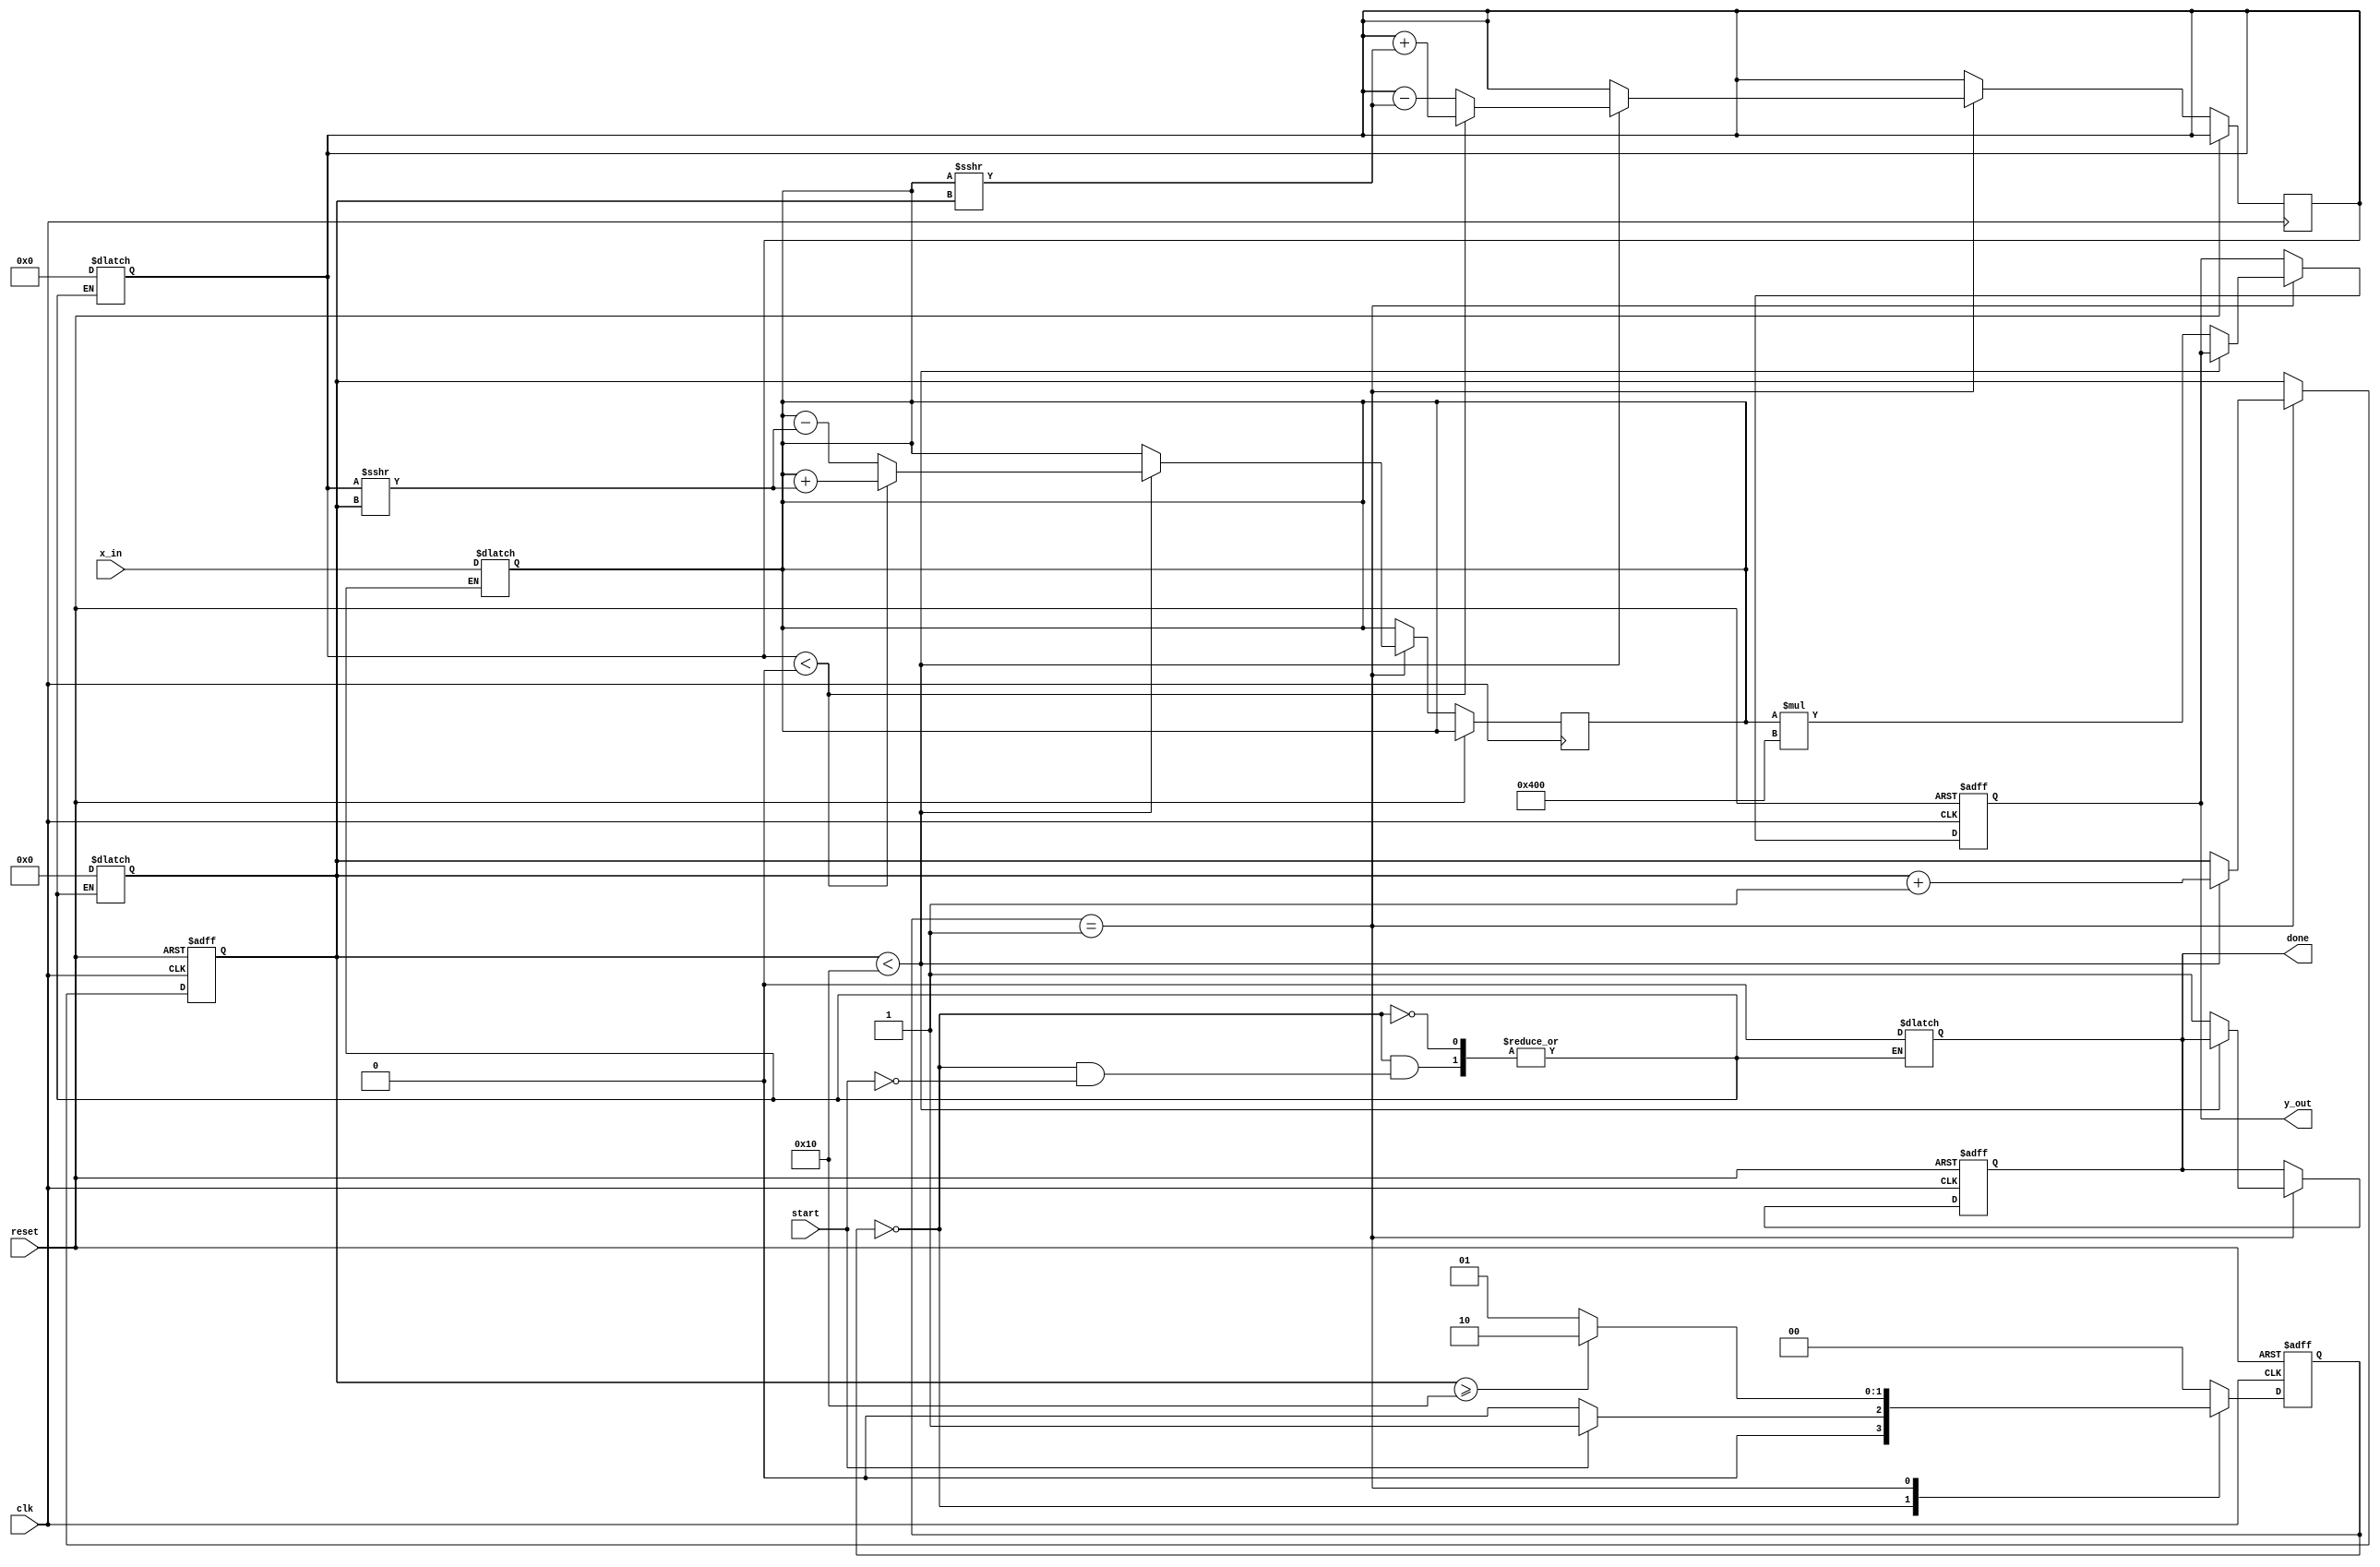
module cordic_exponential #(
    parameter WIDTH = 32,
    parameter N = 16, // Number of iterations
    parameter K = 10  // Scaling factor in fixed point (2^K for e^x)
)(
    input wire clk,
    input wire reset,
    input wire start,
    input wire signed [WIDTH-1:0] x_in, // Input exponent x
    output reg signed [WIDTH-1:0] y_out, // Output for e^x
    output reg done // Status signal
);

    // Lookup table for arctangent values (scaled by 2^K)
    reg signed [WIDTH-1:0] atan_table [0:N-1];
    initial begin
        // Example values of atan(2^-i) scaled; you'll need to populate based on precision
        atan_table[0] = 32'h0A3D70A3; // atan(1) = pi/4 in fixed-point
        atan_table[1] = 32'h0B9F31D6; // atan(1/2) in fixed-point
        atan_table[2] = 32'h0C89F1D2; // atan(1/4) in fixed-point
        // Continue filling out the atan_table...
    end

    // Internal registers
    reg signed [WIDTH-1:0] x, y;
    reg [4:0] count; // Iteration counter

    // State machine for operation
    localparam IDLE = 2'b00, RUNNING = 2'b01, DONE = 2'b10;
    reg [1:0] state, next_state;

    // CORDIC Processing
    always @(posedge clk or posedge reset) begin
        if (reset) begin
            state <= IDLE;
            count <= 0;
            y_out <= 0;
            done <= 0;
        end else begin
            state <= next_state;
            if (state == RUNNING) begin
                if (count < N) begin
                    // Perform CORDIC rotation
                    if (y < 0) begin
                        x <= x + (y >>> count);
                        y <= y + (x >>> count);
                    end else begin
                        x <= x - (y >>> count);
                        y <= y - (x >>> count);
                    end
                    count <= count + 1;
                end else begin
                    // Completed iterations
                    y_out <= x * (1 << K); // Scale back the result
                    done <= 1;
                end
            end
        end
    end

    // State machine next state logic
    always @(*) begin
        case (state)
            IDLE: begin
                if (start) begin
                    next_state = RUNNING;
                    x = x_in; // Initialize x with input
                    y = 0;    // Initialize y to 0
                    count = 0; // Reset counter
                    done = 0; // Reset done signal
                end else begin
                    next_state = IDLE;
                end
            end
            RUNNING: begin
                if (count >= N) begin
                    next_state = DONE;
                end else begin
                    next_state = RUNNING;
                end
            end
            DONE: begin
                next_state = IDLE; // Transition back to IDLE
            end
            default: next_state = IDLE;
        endcase
    end

endmodule